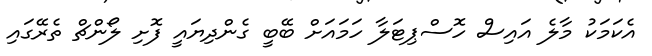
އެކަމަކު މާލެ އައިސް ހޮސްޕިޓަލާ ހަމައަށް ބޭބީ ގެންދިޔައީ ފޮށި ލޯންޗް ތެރޭގައި